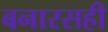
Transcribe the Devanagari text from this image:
बनारसही